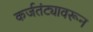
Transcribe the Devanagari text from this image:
कर्जतंट्यावरून